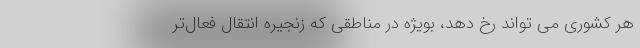
هر کشوری می تواند رخ ‌دهد، بویژه در مناطقی که زنجیره انتقال فعال‌تر